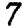
Digit: 7